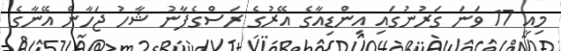
މިއީ 17 ވަނަ ގަރުނުގައި އިންޑިއާގެ އޭރުގެ ރަސްގެފާނު ޝާހު ޖަހާން އޭނާގެ